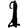
Digit: 1